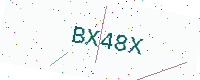
Text: BX48X